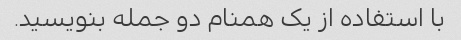
با استفاده از یک همنام دو جمله بنویسید.